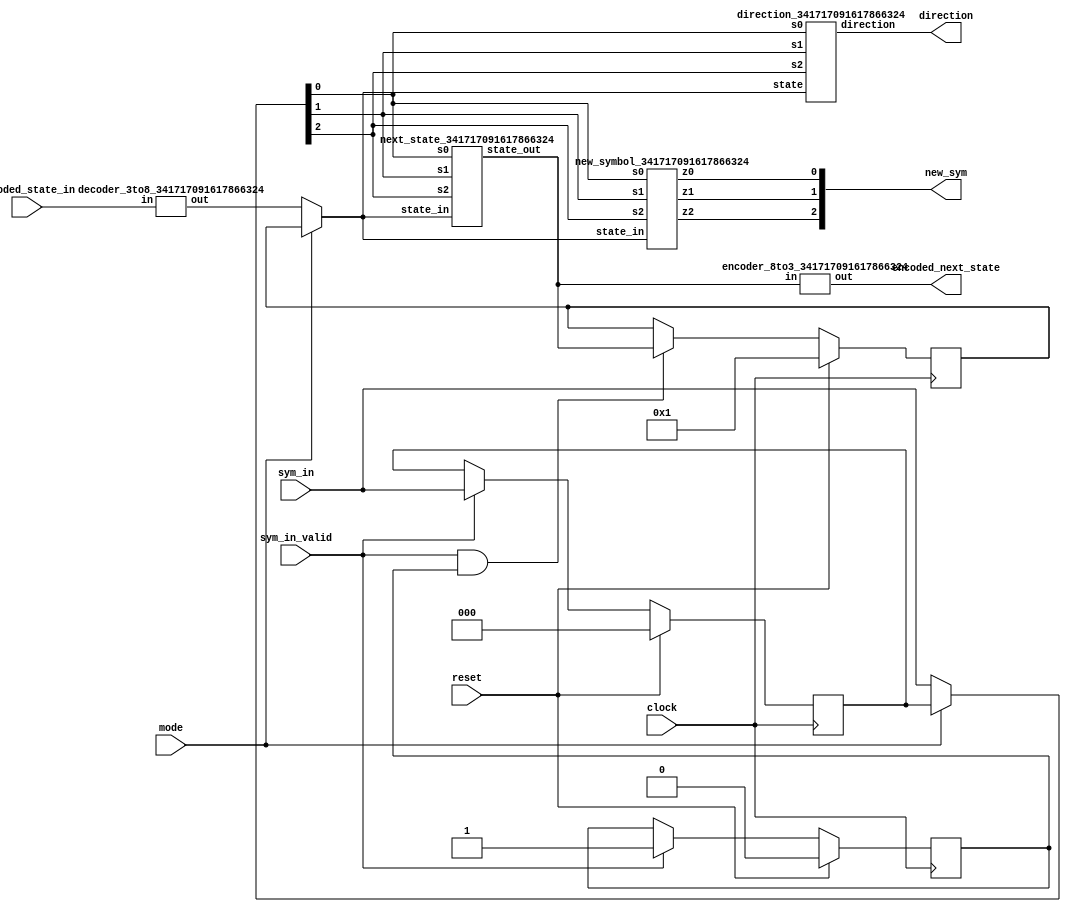
// This program was cloned from: https://github.com/TinyTapeout/tinytapeout-mpw7
// License: Apache License 2.0

`default_nettype none

module utm_core_341717091617866324(
    input clock,
    input reset,
    input mode,
    input [2:0] encoded_state_in,
    input [2:0] sym_in,
    input sym_in_valid,
    output [2:0] new_sym,
    output direction,
    output [2:0] encoded_next_state
);

reg [7:0] stored_state;
reg [2:0] symbuf;
reg symbuf_valid;

wire [7:0] state_in;
wire [7:0] state;
wire [7:0] next_state;
wire [2:0] sym;

always @(posedge clock) begin
    if (reset) begin
        stored_state <= 8'h01;
    end
    else if (sym_in_valid && symbuf_valid) begin
        stored_state <= next_state;
    end
    else begin
        stored_state <= stored_state;
    end
end

always @(posedge clock) begin
    if (reset) begin
        symbuf <= 3'b0;
    end
    else if (sym_in_valid) begin
        symbuf <= sym_in;
    end
    else begin
        symbuf <= symbuf;
    end
end

always @(posedge clock) begin
    if (reset) begin
        symbuf_valid <= 0;
    end
    else if (sym_in_valid) begin
        symbuf_valid <= 1;
    end
    else begin
        symbuf_valid <= symbuf_valid;
    end
end

decoder_3to8_341717091617866324 decode_state_in(
    .in(encoded_state_in),
    .out(state_in)
);

assign state = (mode == 0) ? state_in : stored_state;
assign sym = (mode == 0) ? sym_in : symbuf;

direction_341717091617866324 direction_block(
    .state(state),
    .s2(sym[2]),
    .s1(sym[1]),
    .s0(sym[0]),
    .direction(direction)
);

next_state_341717091617866324 next_state_block(
    .state_in(state),
    .s2(sym[2]),
    .s1(sym[1]),
    .s0(sym[0]),
    .state_out(next_state));

new_symbol_341717091617866324 new_sym_block(
    .state_in(state),
    .s2(sym[2]),
    .s1(sym[1]),
    .s0(sym[0]),
    .z2(new_sym[2]),
    .z1(new_sym[1]),
    .z0(new_sym[0])
);

encoder_8to3_341717091617866324 encode_state_out(
    .in(next_state),
    .out(encoded_next_state)
);

endmodule
`default_nettype none
module direction_341717091617866324(
    input [7:0] state,
    input s2,
    input s1,
    input s0,
    // 0 = left, 1 = right
    output direction
);

wire [7:0] state_in;
assign state_in = state;

wire [2:0] sym_in;
assign sym_in = {s2, s1, s0};

reg dir;
assign direction = dir;

always @(*) begin
    /* verilator lint_off CASEINCOMPLETE */
    case (state_in)
        8'h01: begin
            case (sym_in)
            3'b000: begin
                dir = 0;
            end
            3'b001: begin
                dir = 0;
            end
            3'b010: begin
                dir = 1;
            end
            3'b100: begin
                dir = 0;
            end
            3'b101: begin
                dir = 1;
            end
            3'b110: begin
                dir = 1;
            end
            3'b111: begin
                dir = 1;
            end
            endcase
        end
        8'h02: begin
            case (sym_in)
            3'b000: begin
                dir = 0;
            end
            3'b001: begin
                dir = 0;
            end
            3'b010: begin
                dir = 0;
            end
            3'b100: begin
                dir = 1;
            end
            3'b101: begin
                dir = 1;
            end
            3'b110: begin
                dir = 0;
            end
            3'b111: begin
                dir = 0;
            end
            endcase
        end
        8'h04: begin
            case (sym_in)
            3'b000: begin
                dir = 0;
            end
            3'b001: begin
                dir = 0;
            end
            3'b010: begin
                dir = 0;
            end
            3'b100: begin
                dir = 1;
            end
            3'b101: begin
                dir = 1;
            end
            3'b110: begin
                dir = 0;
            end
            3'b111: begin
                dir = 0;
            end
            endcase
        end
        8'h08: begin
            case (sym_in)
            3'b000: begin
                dir = 1;
            end
            3'b001: begin
                dir = 1;
            end
            3'b010: begin
                dir = 1;
            end
            3'b100: begin
                dir = 0;
            end
            3'b101: begin
                dir = 0;
            end
            3'b110: begin
                dir = 0;
            end
            3'b111: begin
                dir = 0;
            end
            endcase
        end
        8'h10: begin
            case (sym_in)
            3'b000: begin
                dir = 1;
            end
            3'b001: begin
                dir = 0;
            end
            3'b010: begin
                dir = 1;
            end
            3'b100: begin
                dir = 1;
            end
            3'b101: begin
                dir = 1;
            end
            3'b110: begin
                dir = 0;
            end
            3'b111: begin
                dir = 1;
            end
            endcase
        end
        8'h20: begin
            case (sym_in)
            3'b000: begin
                dir = 0;
            end
            3'b001: begin
                dir = 0;
            end
            3'b010: begin
                dir = 0;
            end
            3'b100: begin
                dir = 1;
            end
            3'b101: begin
                dir = 1;
            end
            3'b110: begin
                dir = 0;
            end
            3'b111: begin
                dir = 1;
            end
            endcase
        end
        8'h40: begin
            case (sym_in)
            3'b000: begin
                dir = 1;
            end
            3'b001: begin
                dir = 1;
            end
            3'b010: begin
                dir = 0;
            end
            3'b100: begin
                dir = 1;
            end
            3'b101: begin
                dir = 1;
            end
            3'b110: begin
                dir = 1;
            end
            3'b111: begin
                dir = 1;
            end
            endcase
        end
        8'h80: begin
            case (sym_in)
            3'b000: begin
                dir = 0;
            end
            3'b001: begin
                dir = 0;
            end
            3'b010: begin
                dir = 0;
            end
            3'b100: begin
                dir = 1;
            end
            3'b101: begin
                dir = 1;
            end
            3'b110: begin
                dir = 1;
            end
            3'b111: begin
                dir = 1;
            end
            endcase
        end
    endcase
    /* verilator lint_on CASEINCOMPLETE */
end
endmodule
`default_nettype none
module next_state_341717091617866324(
    input [7:0] state_in,
    input s2,
    input s1,
    input s0,
    output [7:0] state_out
);

reg [7:0] next_state;
assign state_out = next_state;

wire [2:0] sym_in;
assign sym_in = {s2, s1, s0};

always @(*) begin
    /* verilator lint_off CASEINCOMPLETE */
    case (state_in)
        8'h01: begin
            case (sym_in)
            3'b000: begin
                next_state = 8'h02;
            end
            3'b001: begin
                next_state = 8'h04;
            end
            3'b010: begin
                next_state = 8'h01;
            end
            3'b100: begin
                next_state = 8'h10;
            end
            3'b101: begin
                next_state = 8'h01;
            end
            3'b110: begin
                next_state = 8'h01;
            end
            3'b111: begin
                next_state = 8'h01;
            end
            endcase
        end
        8'h02: begin
            case (sym_in)
            3'b000: begin
                next_state = 8'h02;
            end
            3'b001: begin
                next_state = 8'h02;
            end
            3'b010: begin
                next_state = 8'h08;
            end
            3'b100: begin
                next_state = 8'h40;
            end
            3'b101: begin
                next_state = 8'h80;
            end
            3'b110: begin
                next_state = 8'h02;
            end
            3'b111: begin
                next_state = 8'h02;
            end
            endcase
        end
        8'h04: begin
            case (sym_in)
            3'b000: begin
                next_state = 8'h04;
            end
            3'b001: begin
                next_state = 8'h04;
            end
            3'b010: begin
                next_state = 8'h02;
            end
            3'b100: begin
                next_state = 8'h40;
            end
            3'b101: begin
                next_state = 8'h80;
            end
            3'b110: begin
                next_state = 8'h04;
            end
            3'b111: begin
                next_state = 8'h04;
            end
            endcase
        end
        8'h08: begin
            case (sym_in)
            3'b000: begin
                next_state = 8'h04;
            end
            3'b001: begin
                next_state = 8'h10;
            end
            3'b010: begin
                next_state = 8'h01;
            end
            3'b100: begin
                next_state = 8'h08;
            end
            3'b101: begin
                next_state = 8'h08;
            end
            3'b110: begin
                next_state = 8'h08;
            end
            3'b111: begin
                next_state = 8'h08;
            end
            endcase
        end
        8'h10: begin
            case (sym_in)
            3'b000: begin
                next_state = 8'h08;
            end
            3'b001: begin
                next_state = 8'h20;
            end
            3'b010: begin
                next_state = 8'h10;
            end
            3'b100: begin
                next_state = 8'h10;
            end
            3'b101: begin
                next_state = 8'h10;
            end
            3'b110: begin
                next_state = 8'h08;
            end
            3'b111: begin
                next_state = 8'h10;
            end
            endcase
        end
        8'h20: begin
            case (sym_in)
            3'b000: begin
                next_state = 8'h20;
            end
            3'b001: begin
                next_state = 8'h20;
            end
            3'b010: begin
                next_state = 8'h20;
            end
            3'b100: begin
                next_state = 8'h02;
            end
            3'b101: begin
                next_state = 8'h02;
            end
            3'b110: begin
                next_state = 8'h20;
            end
            3'b111: begin
                next_state = 8'h40;
            end
            endcase
        end
        8'h40: begin
            case (sym_in)
            3'b000: begin
                next_state = 8'h01;
            end
            3'b001: begin
                next_state = 8'h01;
            end
            3'b010: begin
                next_state = 8'h20;
            end
            3'b100: begin
                next_state = 8'h40;
            end
            3'b101: begin
                next_state = 8'h40;
            end
            3'b110: begin
                next_state = 8'h40;
            end
            3'b111: begin
                next_state = 8'h40;
            end
            endcase
        end
        8'h80: begin
            case (sym_in)
            3'b000: begin
                next_state = 8'h01;
            end
            3'b001: begin
                next_state = 8'h01;
            end
            3'b010: begin
                next_state = 8'h20;
            end
            3'b100: begin
                next_state = 8'h80;
            end
            3'b101: begin
                next_state = 8'h80;
            end
            3'b110: begin
                next_state = 8'h80;
            end
            3'b111: begin
                next_state = 8'h80;
            end
            endcase
        end
    endcase
    /* verilator lint_on CASEINCOMPLETE */
end

endmodule
`default_nettype none
module new_symbol_341717091617866324(
    input [7:0] state_in,
    input s2,
    input s1,
    input s0,
    output z2,
    output z1,
    output z0
);

wire a,b,c,d,e,f,g,h;

wire [2:0] sym_in;
assign sym_in = {s2, s1, s0};

reg [2:0] new_symbol;

always @(*) begin
    new_symbol = 3'b000;
    /* verilator lint_off CASEINCOMPLETE */
    case (state_in)
        8'h01: begin
            case (sym_in)
            3'b000: begin
                new_symbol = 3'b010;
            end
            3'b001: begin
                new_symbol = 3'b010;
            end
            3'b010: begin
                new_symbol = 3'b010;
            end
            3'b100: begin
                new_symbol = 3'b000;
            end
            3'b101: begin
                new_symbol = 3'b001;
            end
            3'b110: begin
                new_symbol = 3'b001;
            end
            3'b111: begin
                new_symbol = 3'b111;
            end
            endcase
        end
        8'h02: begin
            case (sym_in)
            3'b000: begin
                new_symbol = 3'b100;
            end
            3'b001: begin
                new_symbol = 3'b101;
            end
            3'b010: begin
                new_symbol = 3'b100;
            end
            3'b100: begin
                new_symbol = 3'b000;
            end
            3'b101: begin
                new_symbol = 3'b001;
            end
            3'b110: begin
                new_symbol = 3'b110;
            end
            3'b111: begin
                new_symbol = 3'b110;
            end
            endcase
        end
        8'h04: begin
            case (sym_in)
            3'b000: begin
                new_symbol = 3'b100;
            end
            3'b001: begin
                new_symbol = 3'b101;
            end
            3'b010: begin
                new_symbol = 3'b100;
            end
            3'b100: begin
                new_symbol = 3'b100;
            end
            3'b101: begin
                new_symbol = 3'b101;
            end
            3'b110: begin
                new_symbol = 3'b110;
            end
            3'b111: begin
                new_symbol = 3'b110;
            end
            endcase
        end
        8'h08: begin
            case (sym_in)
            3'b000: begin
                new_symbol = 3'b000;
            end
            3'b001: begin
                new_symbol = 3'b101;
            end
            3'b010: begin
                new_symbol = 3'b010;
            end
            3'b100: begin
                new_symbol = 3'b010;
            end
            3'b101: begin
                new_symbol = 3'b101;
            end
            3'b110: begin
                new_symbol = 3'b110;
            end
            3'b111: begin
                new_symbol = 3'b111;
            end
            endcase
        end
        8'h10: begin
            case (sym_in)
            3'b000: begin
                new_symbol = 3'b000;
            end
            3'b001: begin
                new_symbol = 3'b101;
            end
            3'b010: begin
                new_symbol = 3'b100;
            end
            3'b100: begin
                new_symbol = 3'b100;
            end
            3'b101: begin
                new_symbol = 3'b101;
            end
            3'b110: begin
                new_symbol = 3'b111;
            end
            3'b111: begin
                new_symbol = 3'b111;
            end
            endcase
        end
        8'h20: begin
            case (sym_in)
            3'b000: begin
                new_symbol = 3'b100;
            end
            3'b001: begin
                new_symbol = 3'b101;
            end
            3'b010: begin
                new_symbol = 3'b100;
            end
            3'b100: begin
                new_symbol = 3'b000;
            end
            3'b101: begin
                new_symbol = 3'b001;
            end
            3'b110: begin
                new_symbol = 3'b110;
            end
            3'b111: begin
                new_symbol = 3'b110;
            end
            endcase
        end
        8'h40: begin
            case (sym_in)
            3'b000: begin
                new_symbol = 3'b000;
            end
            3'b001: begin
                new_symbol = 3'b001;
            end
            3'b010: begin
                new_symbol = 3'b000;
            end
            3'b100: begin
                new_symbol = 3'b000;
            end
            3'b101: begin
                new_symbol = 3'b001;
            end
            3'b110: begin
                new_symbol = 3'b110;
            end
            3'b111: begin
                new_symbol = 3'b111;
            end
            endcase
        end
        8'h80: begin
            case (sym_in)
            3'b000: begin
                new_symbol = 3'b000;
            end
            3'b001: begin
                new_symbol = 3'b001;
            end
            3'b010: begin
                new_symbol = 3'b001;
            end
            3'b100: begin
                new_symbol = 3'b000;
            end
            3'b101: begin
                new_symbol = 3'b001;
            end
            3'b110: begin
                new_symbol = 3'b110;
            end
            3'b111: begin
                new_symbol = 3'b001;
            end
            endcase
        end
    endcase
    /* verilator lint_on CASEINCOMPLETE */
end

assign z2 = new_symbol[2];
assign z1 = new_symbol[1];
assign z0 = new_symbol[0];

endmodule
module decoder_3to8_341717091617866324(
    input [2:0] in,
    output [7:0] out
);

assign out[0] = (~in[2]) & (~in[1]) & (~in[0]);
assign out[1] = (~in[2]) & (~in[1]) & ( in[0]);
assign out[2] = (~in[2]) & ( in[1]) & (~in[0]);
assign out[3] = (~in[2]) & ( in[1]) & ( in[0]);
assign out[4] = ( in[2]) & (~in[1]) & (~in[0]);
assign out[5] = ( in[2]) & (~in[1]) & ( in[0]);
assign out[6] = ( in[2]) & ( in[1]) & (~in[0]);
assign out[7] = ( in[2]) & ( in[1]) & ( in[0]);

endmodule
module encoder_8to3_341717091617866324(
    input [7:0] in,
    output [2:0] out
);

assign out[0] = in[1] | in[3] | in[5] | in[7];
assign out[1] = in[2] | in[3] | in[6] | in[7];
assign out[2] = in[4] | in[5] | in[6] | in[7];
endmodule
`default_nettype none

module user_module_341717091617866324(
  input [7:0] io_in,
  output [7:0] io_out
);

wire mode;
wire clock;
wire reset;

wire direction;

wire sym_valid;
wire [2:0] sym_in;
wire [2:0] new_sym;

// 1-hot state in & out
wire [7:0] state_in;
wire [7:0] state_out;

// 3-bit dense encoding of state in & out
wire [2:0] encoded_state_in;
wire [2:0] encoded_state_out;

assign mode = io_in[7];
assign clock = io_in[0];
assign reset = (mode == 0) ? 1'b1 : io_in[1];

assign encoded_state_in = (mode == 0) ? io_in[3:1] : 3'b0;
assign io_out[7:5] = encoded_state_out;

assign sym_valid = (mode == 0) ? 1'b0 : io_in[2];
assign sym_in = io_in[6:4];
assign io_out[4:2] = new_sym;

assign io_out[1] = direction;
assign io_out[0] = 1'b0;

utm_core_341717091617866324 core(
    .clock(clock),
    .reset(reset),
    .mode(mode),
    .encoded_state_in(encoded_state_in),
    .sym_in(sym_in),
    .sym_in_valid(sym_valid),
    .new_sym(new_sym),
    .direction(direction),
    .encoded_next_state(encoded_state_out)
);

endmodule